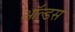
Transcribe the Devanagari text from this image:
ऑल्डस